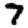
Digit: 7